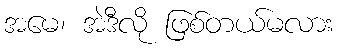
အမေ၊ အဲဒီလို ဖြစ်တယ်မလား